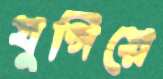
যুগিয়ে